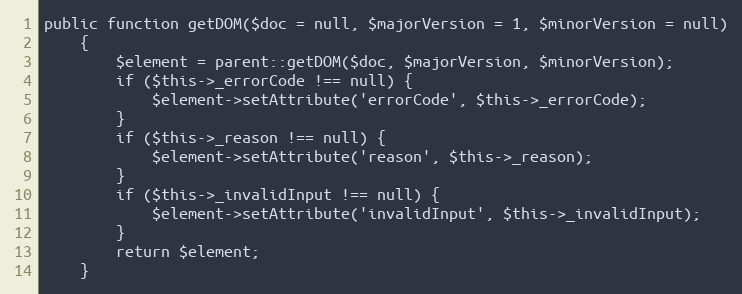
Language: PHP
public function getDOM($doc = null, $majorVersion = 1, $minorVersion = null)
    {
        $element = parent::getDOM($doc, $majorVersion, $minorVersion);
        if ($this->_errorCode !== null) {
            $element->setAttribute('errorCode', $this->_errorCode);
        }
        if ($this->_reason !== null) {
            $element->setAttribute('reason', $this->_reason);
        }
        if ($this->_invalidInput !== null) {
            $element->setAttribute('invalidInput', $this->_invalidInput);
        }
        return $element;
    }